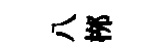
八桞